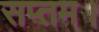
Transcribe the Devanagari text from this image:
सप्तम।